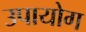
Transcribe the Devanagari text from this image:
उपायोग